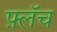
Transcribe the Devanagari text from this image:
फ़्लॅच